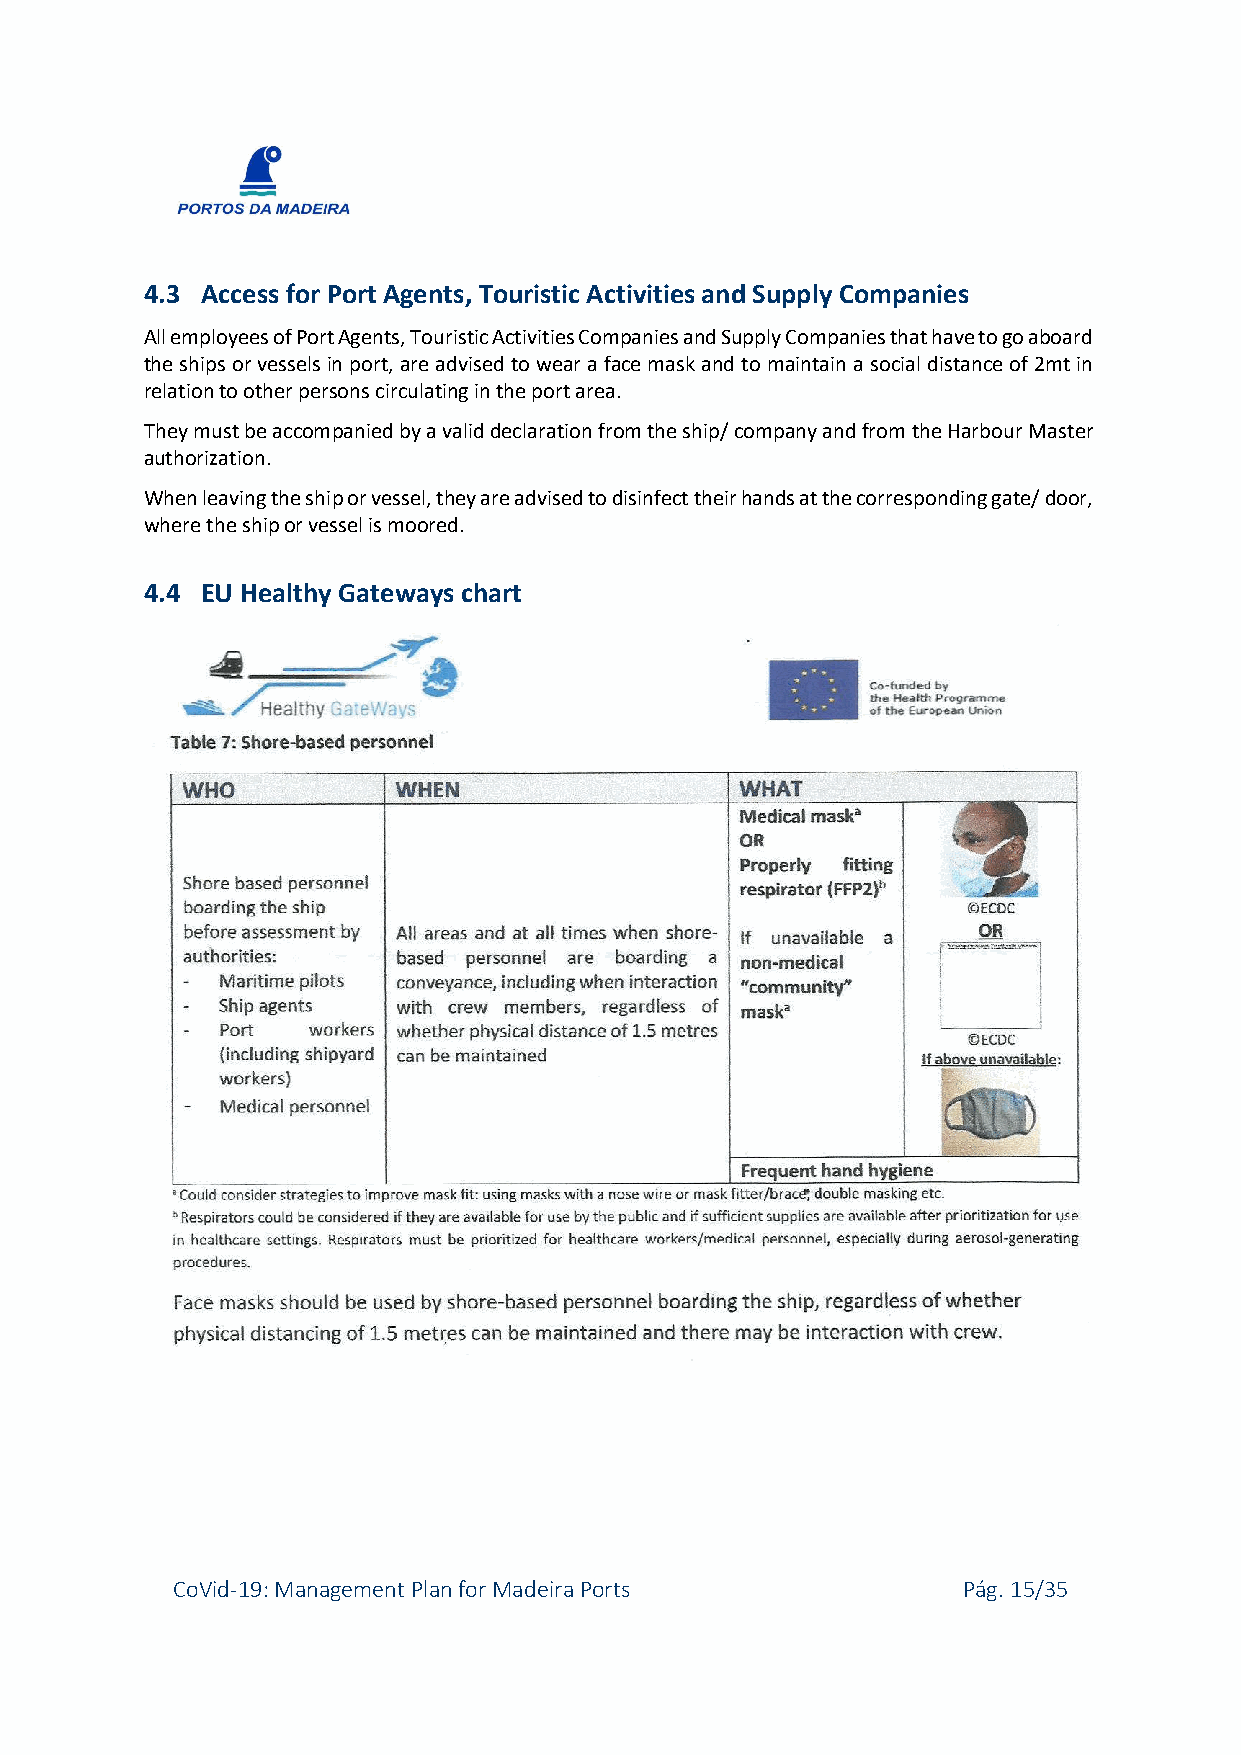
4.3 Access for Port Agents, Touristic Activities and Supply Companies
 All employees of Port Agents, Touristic Activities Companies and Supply Companies that have to go aboard
 the ships or vessels in port, are advised to wear a face mask and to maintain a social distance of 2mt in
 relation to other persons circulating in the port area.
 They must be accompanied by a valid declaration from the ship/ company and from the Harbour Master
 authorization.
 When leaving the ship or vessel, they are advised to disinfect their hands at the corresponding gate/ door,
 where the ship or vessel is moored.
 4.4 EU Healthy Gateways chart
 CoVid-19: Management Plan for Madeira Ports          Pág. 15/35